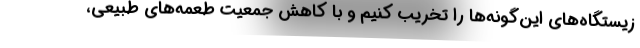
زیستگاه‌های این‌گونه‌ها را تخریب کنیم و با کاهش جمعیت طعمه‌های طبیعی،